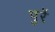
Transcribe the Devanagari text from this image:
पुरें